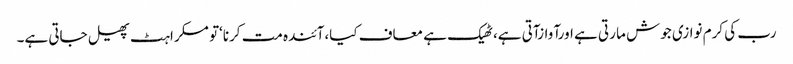
رب کی کرم نوازی جوش ما رتی ہے اورآوازآتی ہے،ٹھیک ہے معاف کیا،آئندہ مت کرنا‘تو مسکراہٹ پھیل جاتی ہے۔